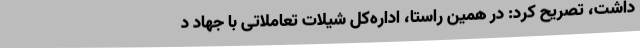
داشت، تصریح کرد: در همین راستا، اداره‌کل شیلات تعاملاتی با جهاد د